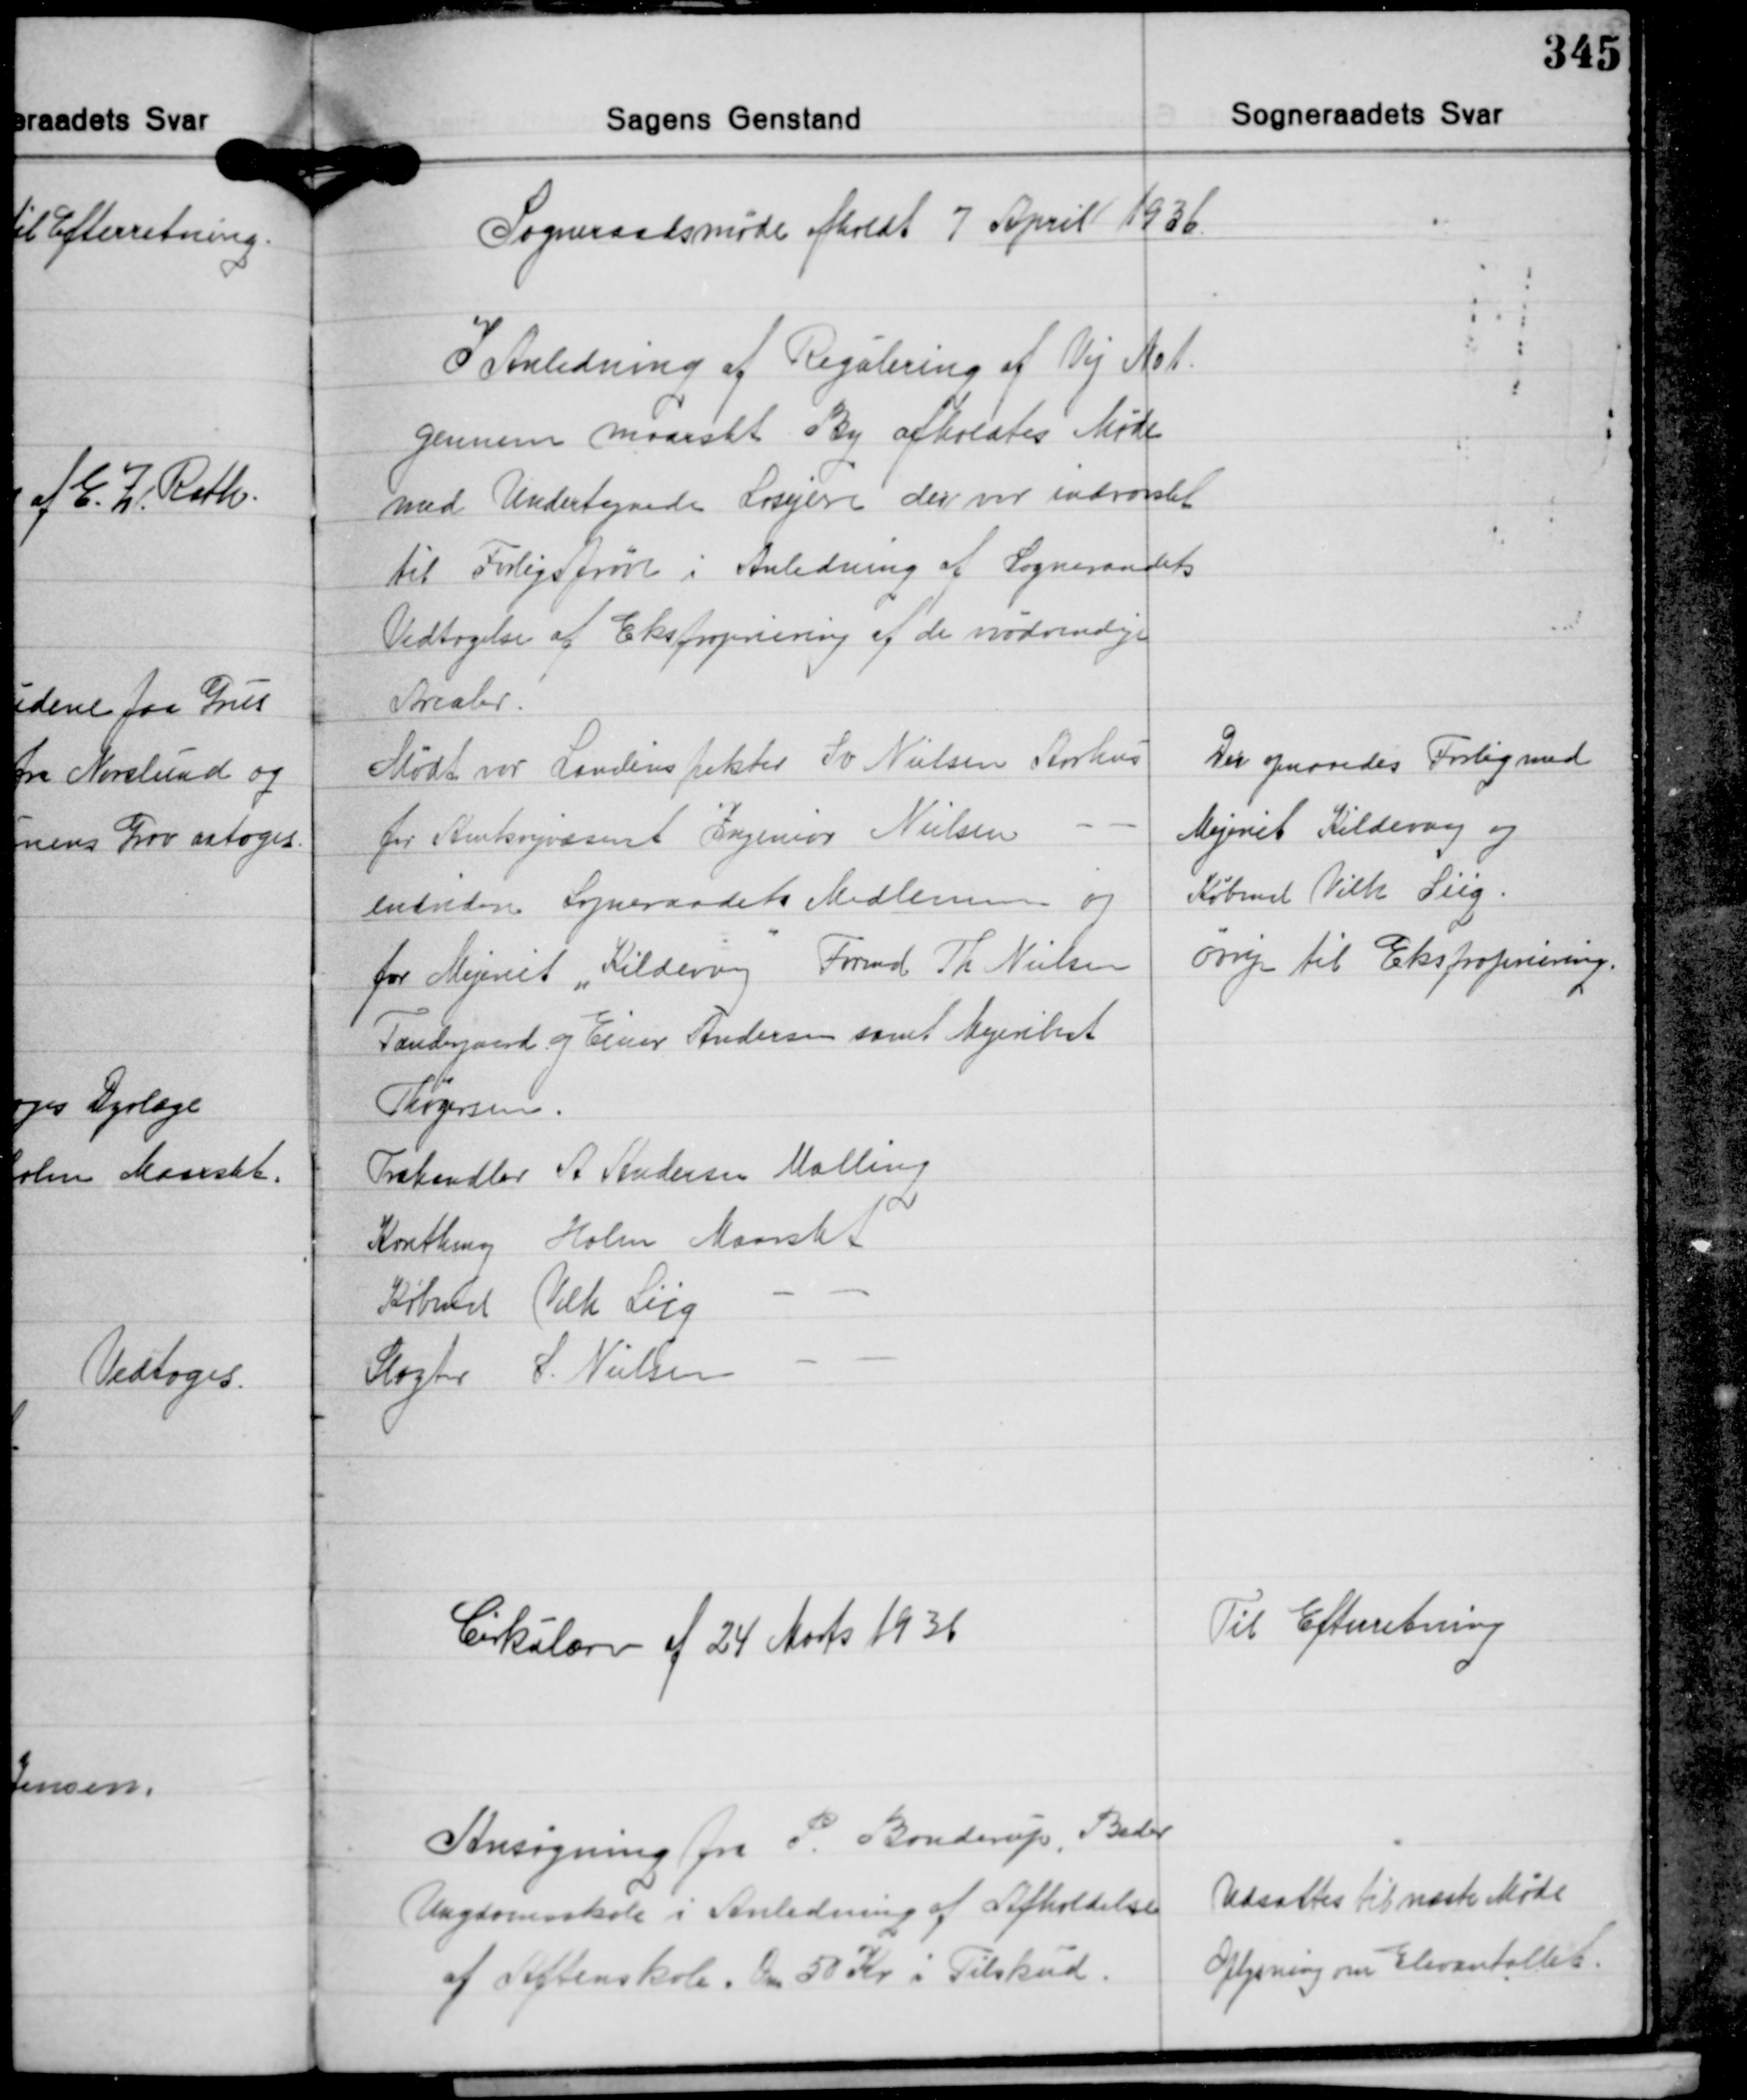
Transskription:
Sogneraadsmøde afholdt 7 April 1936

I Anledning af Regulering af Vej No 1
gennem Maarslet By afholdtes Møde
med Undertegnede Losejere der var indvarslet
til Forligsfører i Anledning af Sogneraadets
Vedtagelse af Ekspropriering af de nødvendige
Arealer.

Der opnaaedes Forlig med
Mejeriet Kildevang og
Købmd. Vilh. Siig.
øvrige til Ekspropiering.

Mødt var Landinspektør Sv. Nielsen Aarhus
for Amtsvejvæsenet Ingeniør Nielsen -
endvidere Sogneraadets Medlemmer og
for Mejeriet "Kildervej" Formd. Th. Nielsen
Tandergaard og Ejner Andersen samt Mejerist
Thøgersen.
Træhandler A. Andersen Malling
Karethmg. Holm Maarslet
Købmd. Vilh. Siig - -
Sagter S. Nielsen - -

Cirkulære af 24 Marts 1936

Til Efterretning

Ansøgning fra P. Bonderup, Beder
Ungdomsskole i Anledning af Afholdelse
af Aftenskole. Om 50 Kr. i Tilskud.

Udsattes til næste Møde
Oplysning om Elevantallet.